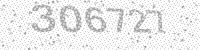
Solution: 306727